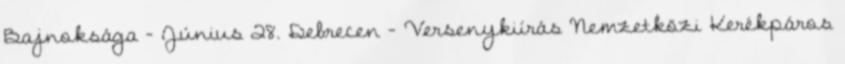
Bajnoksága - Június 28. Debrecen - Versenykiírás Nemzetközi Kerékpáros